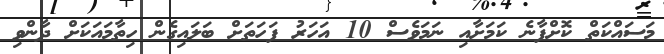
މަސައްކަތް ކޮށްފާނެ ކަމަށާއި ނަމަވެސް 10 އަހަރު ފަހަތަށް ބަލައިގެން ހިތާމައަކަށް ދާންވި